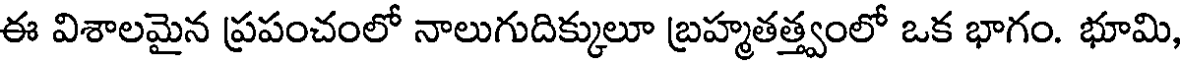
ఈ విశాలమైన ప్రపంచంలో నాలుగుదిక్కులూ బ్రహ్మతత్త్వంలో ఒక భాగం. భూమి,